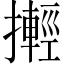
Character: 𢷰